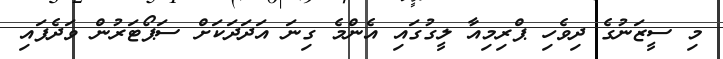
މި ސީޒަނުގެ ދިވެހި ޕްރިމިއާ ލީގުގައި އެންމެ ގިނަ އަދަދަކަށް ސަޕޯޓަރުން ވަދެފައި